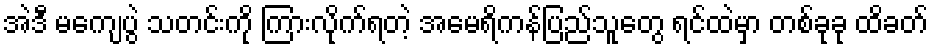
အဲဒီ မကျေပွဲ သတင်းကို ကြားလိုက်ရတဲ့ အမေရိကန်ပြည်သူတွေ ရင်ထဲမှာ တစ်ခုခု ထိခတ်